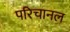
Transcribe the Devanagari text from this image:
परिचानल